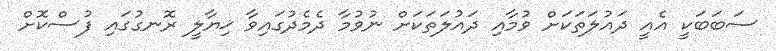
ސަބަބަކީ އެއީ ދައުލަތަކަށް ވުމާއި ދައުލަތަކަށް ނުވުމާ ދެމެދުގައިވާ ޚިޔާލީ ރޮނގުގައި ފުސްކޮށް